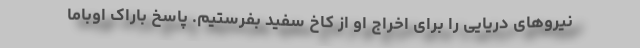
نیروهای دریایی را برای اخراج او از کاخ سفید بفرستیم. پاسخ باراک اوباما